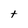
Character: t